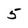
Character: 5